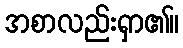
အစာလည်းရှာ၏။